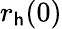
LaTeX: r_{\mathsf{h}}(0)